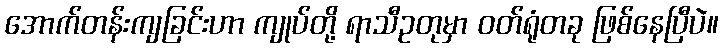
အောက်တန်းကျခြင်းဟာ ကျုပ်တို့ ရာသီဥတုမှာ ဝတ်ရုံတခု ဖြစ်နေပြီပဲ။